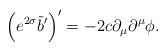
\begin{align*}\left( e^{2\sigma} \tilde{b}' \right)' = - 2 c\partial_\mu \partial^\mu \phi.\end{align*}